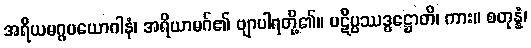
အရိယမဂ္ဂပယောဂါနံ၊ အရိယာမဂ်၏ ဗျာပါရတို့၏။ ပဋိပ္ပဿဒ္ဓဋ္ဌောတိ၊ ကား။ စတုန္နံ၊